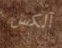
آلكس